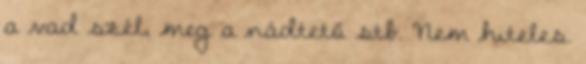
a vad szél, meg a nádtető stb. Nem hiteles.